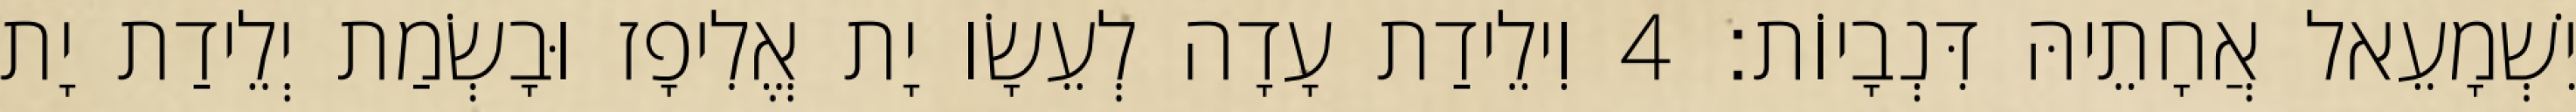
יִשְׁמָעֵאל אֲחָתֵיהּ דִּנְבָיוֹת׃ 4 וִילֵידַת עָדָה לְעֵשָׂו יָת אֱלִיפָז וּבָשְׂמַת יְלֵידַת יָת